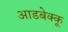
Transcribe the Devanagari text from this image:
आडबेक्कू